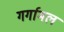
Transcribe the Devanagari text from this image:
गर्गामल